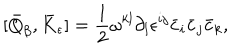
[ \bar { Q } _ { \beta } , \bar { K } _ { \epsilon } ] = \frac { 1 } { 2 } \omega ^ { k l } \partial _ { l } \epsilon ^ { i j } \bar { c } _ { i } \bar { c } _ { j } \bar { c } _ { k } ,